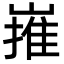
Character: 嶊